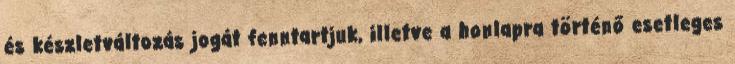
és készletváltozás jogát fenntartjuk, illetve a honlapra történő esetleges